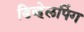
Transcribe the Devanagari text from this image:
डिव्हेलपिंग